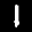
Label: 1